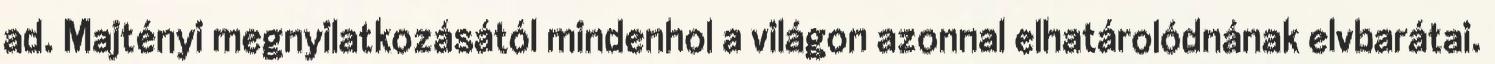
ad. Majtényi megnyilatkozásától mindenhol a világon azonnal elhatárolódnának elvbarátai.